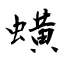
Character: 蟥